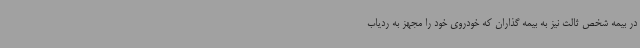
در بیمه شخص ثالث نیز به بیمه گذاران که خودروی خود را مجهز به ردیاب